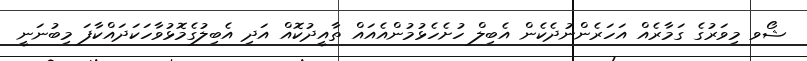
ޝޯވ މިވަރުގެ ގަމާރެއް އަހަރެންނުދެކެން އެބިލް ހުށެހެޅުމުންއެއައް ތާއީދުކޮއް އަދި އެބިލުގެމޮޅުވާހަކަދައްކާފަ މިބުނަނީ